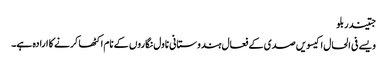
جتیندر بلو
ویسے فی الحال اکیسویں صدی کے فعال ہندوستانی ناول نگاروں کے نام اکٹھا کرنے کا ارادہ ہے۔